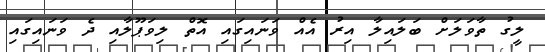
ލީގު ތާވަލަށް ބަލައިލާ އިރު އެއް ވަނައިގައި އޮތް ލިވަޕޫލާއި ދެ ވަނައިގައި